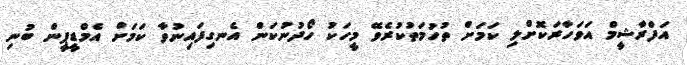
އަފްރާޝީމް އަވަހާރަކޮށްލި ކަމަށް ތުހުމަތުކުރެވޭ މީހަކު ހޯދުނުކަން އެނގިފައިނުވާ ކަމަށް އެމްޑީޕީން ބުނި